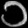
Digit: ၁